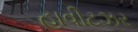
હાવીટઝર